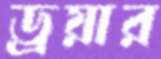
ড্রয়ার